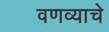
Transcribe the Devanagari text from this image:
वणव्याचे